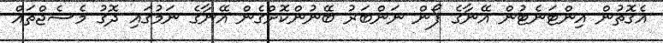
އެގޮތުން އިންޓަނެޓުން އޭނާގެ ފޯން ނަންބަރު ބޭނުންކޮށްގެން އޭނާގެ ނަމުގައި ދޮގު މެސެޖްތައް